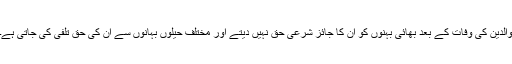
والدین کی وفات کے بعد بھائی بہنوں کو ان کا جائز شرعی حق نہیں دیتے اور مختلف حیلوں بہانوں سے ان کی حق تلفی کی جاتی ہے۔